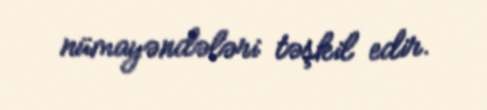
nümayəndələri təşkil edir.